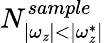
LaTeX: N_{|\omega_{\mathit{z}}|<|\omega_{\mathit{z}}^{*}|}^{sample}